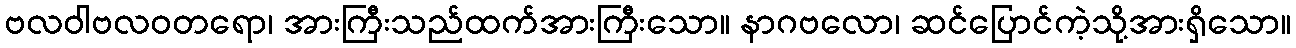
ဗလဝါဗလဝတရော၊ အားကြီးသည်ထက်အားကြီးသော။ နာဂဗလော၊ ဆင်ပြောင်ကဲ့သို့အားရှိသော။